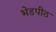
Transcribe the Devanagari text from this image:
भेडपीठ